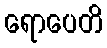
ရောပေတိ